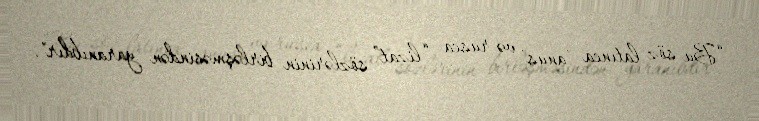
“Bu söz latınca "anus" və rusca “lizat” sözlərinin birləşməsindən yaranıbdır".